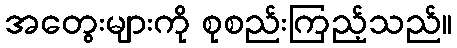
အတွေးများကို စုစည်းကြည့်သည်။